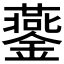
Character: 𨬪